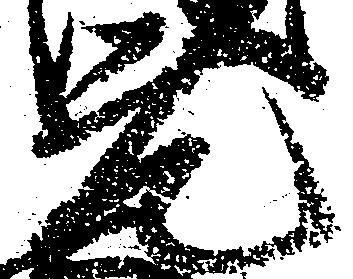
元